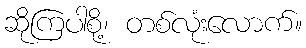
ဆိုကြပါစို့၊ တစ်လုံးလောက်။